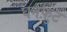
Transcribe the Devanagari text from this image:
घनफ़ुट